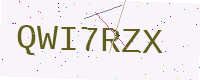
Text: QWI7RZX